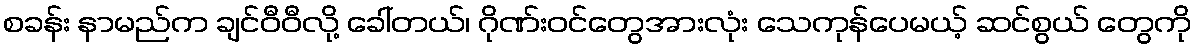
စခန်း နာမည်က ချင်ဝီဝီလို့ ခေါ်တယ်၊ ဂိုဏ်းဝင်တွေအားလုံး သေကုန်ပေမယ့် ဆင်စွယ် တွေကို